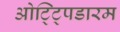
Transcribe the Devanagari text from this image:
ओट्ट्पिडारम